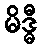
မိဒ္ဓီ